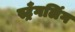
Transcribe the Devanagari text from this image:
स्ट्रँगलिंग